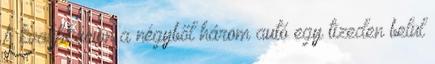
A kvalifikáción a négyből három autó egy tizeden belül